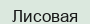
Лисовая